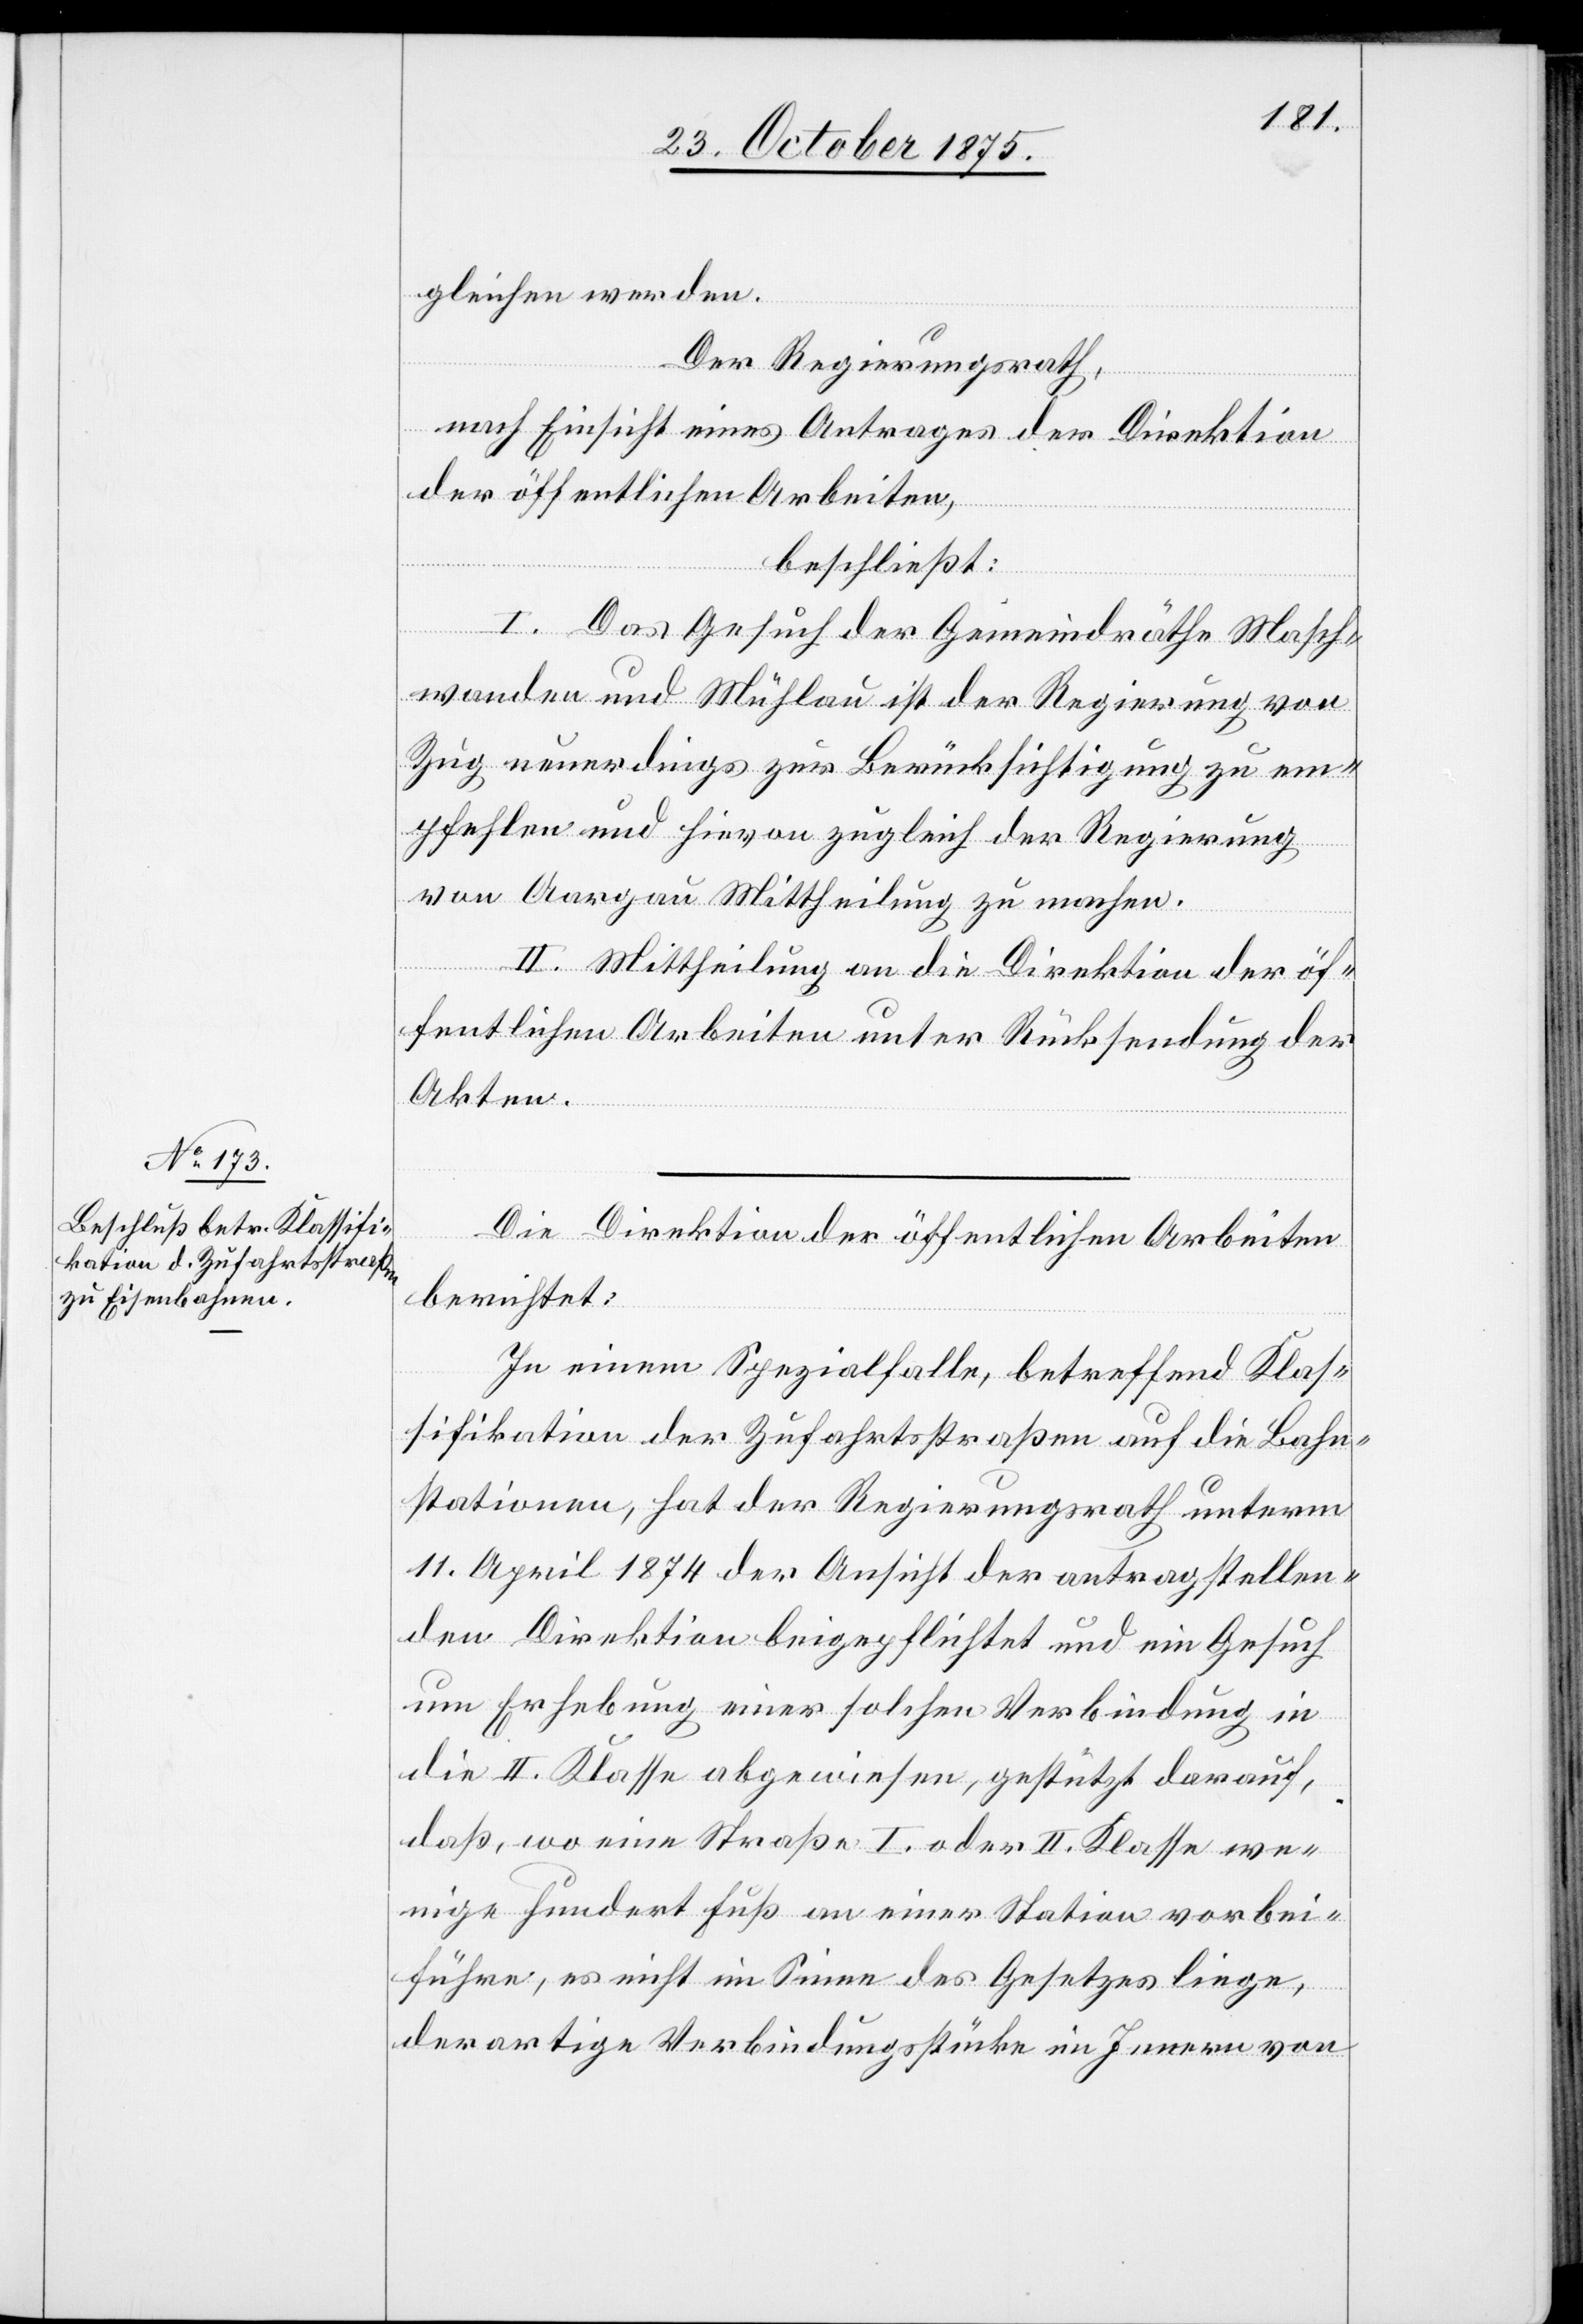
gleichen werden.
Der Regierungsrath,
nach Einsicht eines Antrages der Direktion
der öffentlichen Arbeiten,
beschließt:
I. Das Gesuch der Gemeindräthe Masch¬
wanden und Mühlau ist der Regierung von
Zug neuerdings zur Berücksichtigung zu em¬
pfehlen und hievon zugleich der Regierung
von Aargau Mittheilung zu machen.
II. Mittheilung an die Direktion der öf¬
fentlichen Arbeiten unter Rücksendung der
Akten.
Die Direktion der öffentlichen Arbeiten
berichtet:
In einem Spezialfalle, betreffend Klas¬
sifikation der Zufahrtsstraßen auf die Bahn¬
stationen, hat der Regierungsrath unterm
11. April 1874 der Ansicht der antragstellen¬
den Direktion beigepflichtet und ein Gesuch
um Erhebung einer solchen Verbindung in
die II. Klasse abgewiesen, gestützt darauf,
daß, wo eine Straße I. oder II. Klasse we¬
nige hundert Fuß an einer Station vorbei¬
führe, es nicht im Sinne des Gesetzes liege,
derartige Verbindungsstücke im Innern von